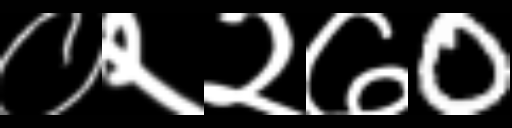
Text: ०२२७0